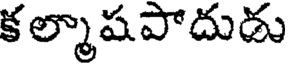
క ల్మాషపాదుడు